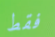
فقط